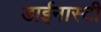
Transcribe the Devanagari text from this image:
डाईनास्टी